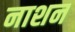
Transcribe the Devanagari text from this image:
नाशन